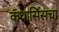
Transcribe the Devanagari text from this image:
कॅथार्सिसचा